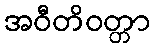
အဝီတိဝတ္တာ